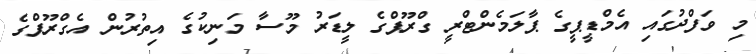
މި ވަފްދުގައި އެމްޑީޕީގެ ޕާލަމެންޓްރީ ގްރޫޕްގެ ލީޑަރު މޫސާ މަނިކުގެ އިތުރުން އެގްރޫޕްގެ